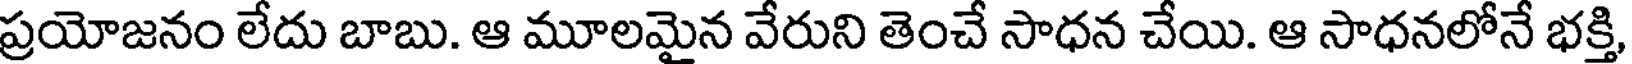
ప్రయోజనం లేదు బాబు. ఆ మూలమైన వేరుని తెంచే సాధన చేయి. ఆ సాధనలోనే భక్తి